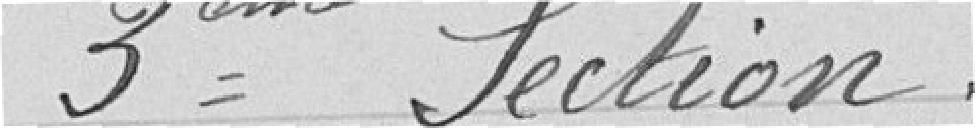
Troisième Section